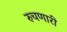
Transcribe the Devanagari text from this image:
रुचणारी